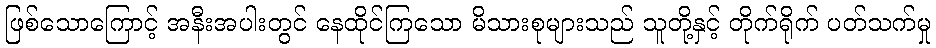
ဖြစ်သောကြောင့် အနီးအပါးတွင် နေထိုင်ကြသော မိသားစုများသည် သူတို့နှင့် တိုက်ရိုက် ပတ်သက်မှု